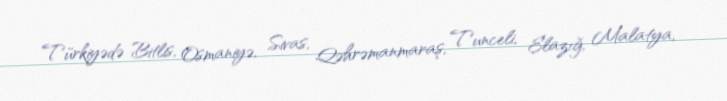
Türkiyədə Bitlis, Osmaniyə, Sivas, Qəhrəmanmaraş, Tunceli, Elazığ, Malatya,